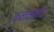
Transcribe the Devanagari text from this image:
कनकमय